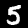
Digit: 5